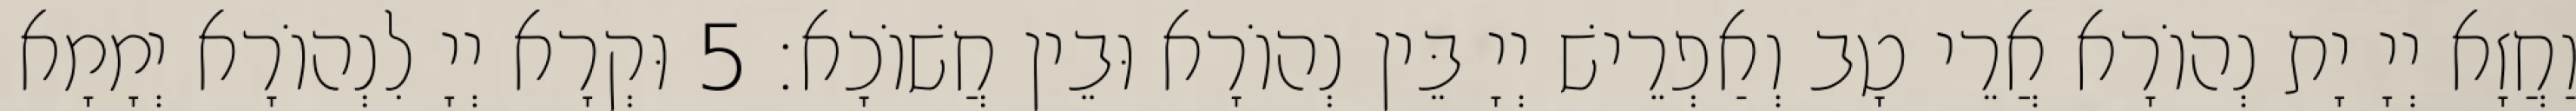
וַחֲזָא יְיָ יָת נְהוֹרָא אֲרֵי טָב וְאַפְרֵישׁ יְיָ בֵּין נְהוֹרָא וּבֵין חֲשׁוֹכָא׃ 5 וּקְרָא יְיָ לִנְהוֹרָא יְמָמָא